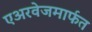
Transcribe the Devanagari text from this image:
एअरवेजमार्फत